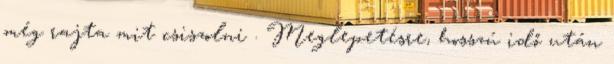
még rajta mit csiszolni . Meglepetésre, hosszú idő után